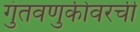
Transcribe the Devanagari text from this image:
गुंतवणुकीवरची